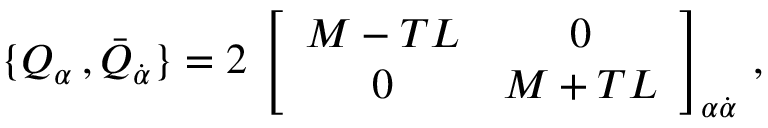
\{ Q _ { \alpha } \, , \bar { Q } _ { \dot { \alpha } } \} = 2 \, \left[ \begin{array} { c c } { { M - T L } } & { { 0 } } \\ { { 0 } } & { { M + T L } } \end{array} \right] _ { \alpha \dot { \alpha } } \, ,